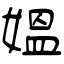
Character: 媪